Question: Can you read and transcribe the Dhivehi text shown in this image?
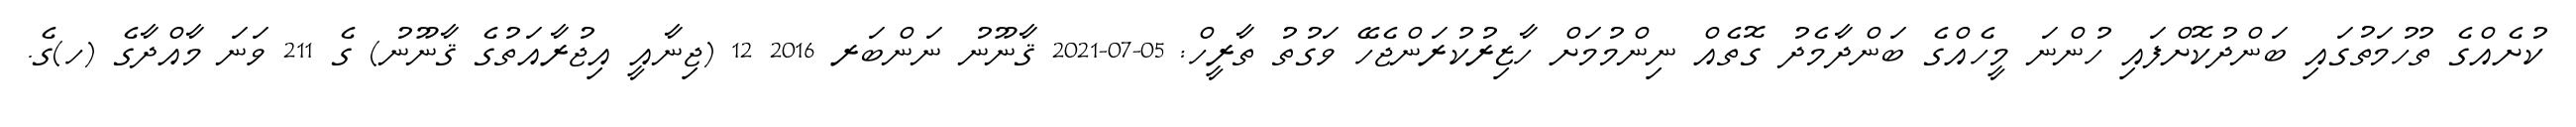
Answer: ކުށެއްގެ ތުހުމަތުގައި ބަންދުކޮށްފައި ހުންނަ މީހެއްގެ ބަންދާމެދު ގޮތެއް ނިންމުމަށް ހާޒިރުކުރަންޖެހޭ ވަގުތު ތާރީހް: 05-07-2021 ޤާނޫނު ނަންބަރ 2016 12 (ޖިނާއީ އިޖުރާއަތުގެ ޤާނޫނު) ގެ 211 ވަނަ މާއްދާގެ (ހ)ގެ.